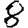
Digit: 8